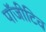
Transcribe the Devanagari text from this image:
पॉजीटिव